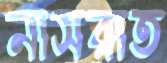
নাসরাত